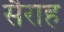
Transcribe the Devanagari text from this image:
सैराह